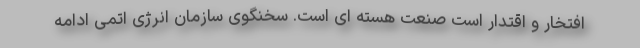
افتخار و اقتدار است صنعت هسته ای است. سخنگوی سازمان انرژی اتمی ادامه